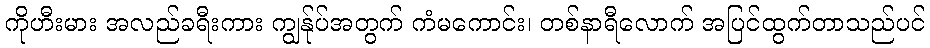
ကိုဟီးမား အလည်ခရီးကား ကျွန်ုပ်အတွက် ကံမကောင်း၊ တစ်နာရီလောက် အပြင်ထွက်တာသည်ပင်